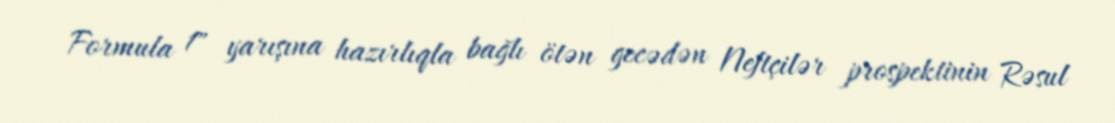
Formula 1" yarışına hazırlıqla bağlı ötən gecədən Neftçilər prospektinin Rəsul